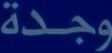
وجدة